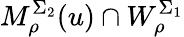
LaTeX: M_{\rho}^{\Sigma_{2}}(u)\cap W_{\rho}^{\Sigma_{1}}